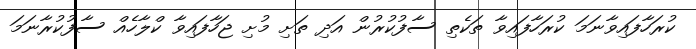
ކުރަހާފައިވާނަމަ ކުރަހާފައިވާ ތަކެތި ސާފުކުރުން އަދި ތަށި މުށި ޖަހާފައިވާ ކްލާހެއް ސާފުކުރާނަމަ